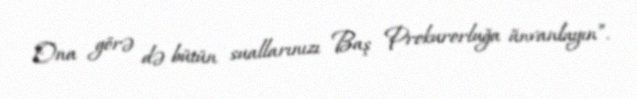
Ona görə də bütün suallarınızı Baş Prokurorluğa ünvanlayın”.